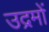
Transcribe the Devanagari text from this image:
उद्रमों